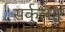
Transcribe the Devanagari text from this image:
सर्कुलार